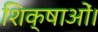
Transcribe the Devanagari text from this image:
शिक्षाओं।